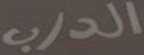
الدرب